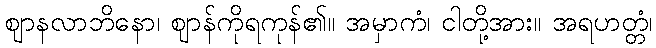
ဈာနလာဘိနော၊ ဈာန်ကိုရကုန်၏။ အမှာကံ၊ ငါတို့အား။ အရဟတ္တံ၊